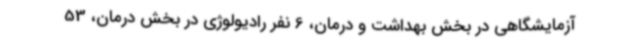
آزمایشگاهی در بخش بهداشت و درمان، 6 نفر رادیولوژی در بخش درمان، 53